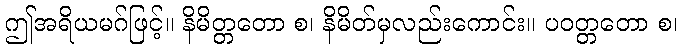
ဤအရိယမဂ်ဖြင့်။ နိမိတ္တတော စ၊ နိမိတ်မှလည်းကောင်း။ ပဝတ္တတော စ၊